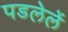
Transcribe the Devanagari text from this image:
पडलेलें